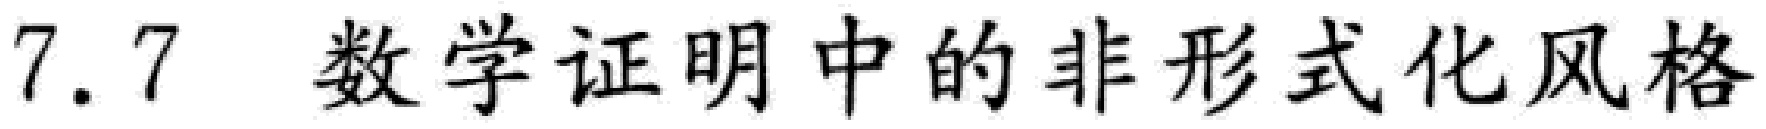
7.7 数学证明中的非形式化风格